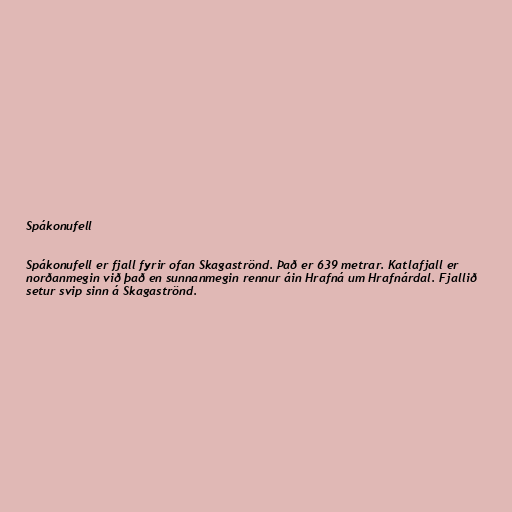
Spákonufell

Spákonufell er fjall fyrir ofan Skagaströnd. Það er 639 metrar. Katlafjall er
norðanmegin við það en sunnanmegin rennur áin Hrafná um Hrafnárdal. Fjallið
setur svip sinn á Skagaströnd.